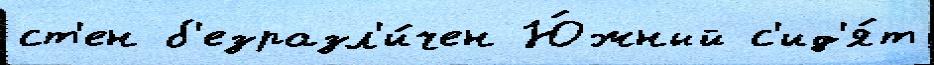
ст'ен б'езразл'и́чен Ю́жный с'ид'я́т